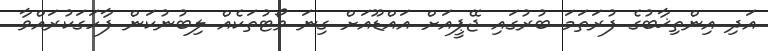
އަދި އިންތިޚާބުގެ ފުރަތަމަ ބުރުގައި ޖޭޕީއަށް އައްޑޫއަށް ގިނަ ވޯޓުތަކެއް ލިބުނުކަން ފާހަގަކުރައްވާ